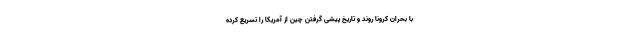
با بحران کرونا روند و تاریخ پیشی گرفتن چین از آمریکا را تسریع کرده